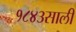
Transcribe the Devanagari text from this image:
१८४३साली